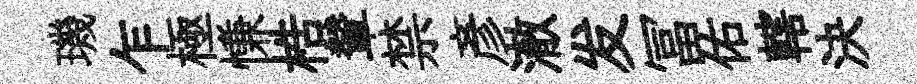
璣乍極慊梏輦禁彦澈发冨佑轄決